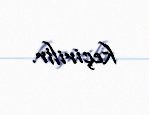
keçirilir.